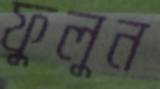
ফুলুন